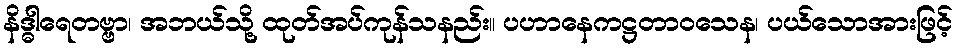
နိဒ္ဓါရေတဗ္ဗာ၊ အဘယ်သို့ ထုတ်အပ်ကုန်သနည်း။ ပဟာနေကဋ္ဌတာဝသေန၊ ပယ်သောအားဖြင့်